Scottish Leaving Certificate Examination, 1951
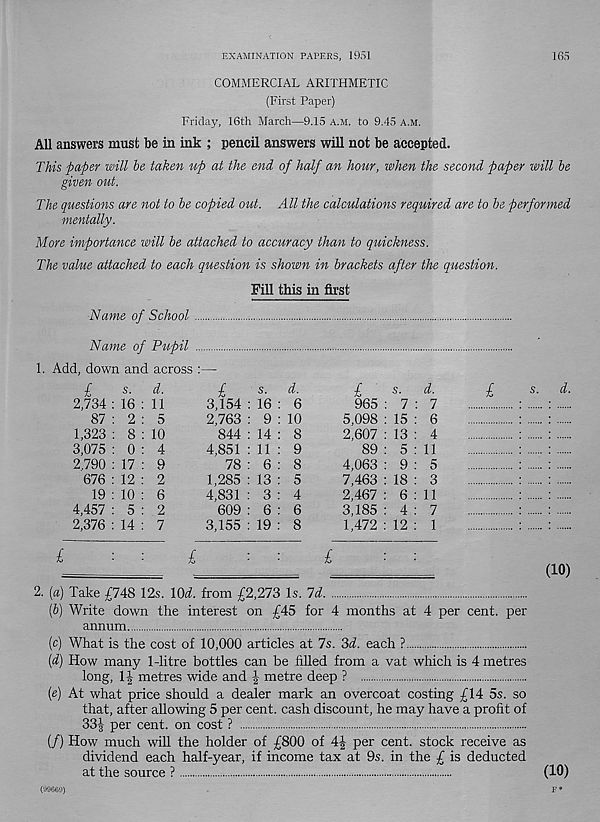
EXAMINATION PAPERS, 1951
165
COMMERCIAL ARITHMETIC
(First Paper)
Friday, 16th March—9.15 a.m. to 9.45 a.m.
All answers must be in ink ; pencil answers will not be accepted.
This ftaper will he taken up at the end of half an hour, when the second paper will he
given out.
The questions are not to he copied out. All the calculations required are to he performed
mentally.
More importance will he attached to accuracy than to quickness.
The value attached to each question is shown in brackets after the question.
Fill this in first
Name of School
Name of Pupil
1. Add, down and across :—-
£
s.
d.
2,734 : 16 : 11
87 : 2 : 5
1,323 : 8 : 10
3,075 : 0 : 4
2,790 : 17 : 9
676 : 12 : 2
19 : 10 : 6
4,457 : 5 : 2
2,376 : 14 : 7
£
s -
d.
3.154 : 16 : 6
2,763 : 9 : 10
844 : 14 : 8
4,851 : 11 : 9
78 : 6 : 8
1,285 : 13 : 5
4,831 : 3 : 4
609 : 6 : 6
3.155 : 19 : 8
£
s.
d.
965 : 7 : 7
5,098 : 15 : 6
2,607 : 13 : 4
89 : 5 : 11
4,063 : 9 : 5
7,463 : 18 : 3
2,467 : 6:11
3,185 : 4 : 7
1,472 : 12 : 1
£
£
£
s.
d
(10)
2. (a) Take £748 12s. iOd. from £2,273 Is. Id
ip) Write down the interest on £45 for 4 months at 4 per cent, per
annum
(c) What is the cost of 10,000 articles at 7s. 3d. each ?
{d) How many 1-litre bottles can be filled from a vat which is 4 metres
long, 1J metres wide and § metre deep ?
(e) At what price should a dealer mark an overcoat costing £14 5s. so
that, after allowing 5 per cent, cash discount, he may have a profit of
33J per cent, on cost ?
(/) How much will the holder of £800 of 4£ per cent, stock receive as
dividend each half-year, if income tax at 9s. in the £ is deducted
at the source ?
(10)
F*
(99669)